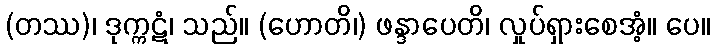
(တဿ)၊ ဒုက္ကဋံ၊ သည်။ (ဟောတိ၊) ဖန္ဒာပေတိ၊ လှုပ်ရှားစေအံ့။ ပေ။